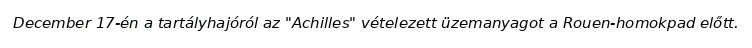
December 17-én a tartályhajóról az "Achilles" vételezett üzemanyagot a Rouen-homokpad előtt.